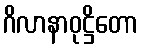
ဂိလာနာဝုဋ္ဌိတော